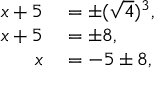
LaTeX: \begin{array} { r l } { x + 5 } & { { } = \pm ( { \sqrt { 4 } } ) ^ { 3 } , } \\ { x + 5 } & { { } = \pm 8 , } \\ { x } & { { } = - 5 \pm 8 , } \end{array}